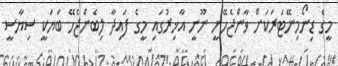
މީގެ ޑިނޯމިނޭޓަރަކަށް ވާންޖެހޭނީ ނޫނީ އާޚިރުގައި މީގެ ފައިދާ ލިބެންޖެހޭ ބަޔަކީ ސިޔާސީ